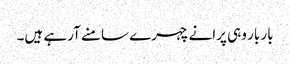
بار بار وہی پرانے چہرے سامنے آرہے ہیں۔